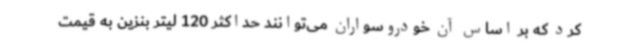
کرد که بر اساس آن خودروسواران می‌توانند حداکثر 120 لیتر بنزین به قیمت